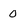
Character: 0